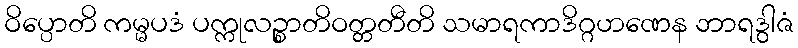
ဝိပ္ပောတိ ကမ္မပဒံ ပက္ကုလဉ္စာတိဝတ္တတီတိ သမာရကာဒိဂ္ဂဟဏေန ဘာရဒွါဇံ